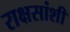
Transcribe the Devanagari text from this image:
राक्षसांशी